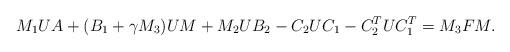
LaTeX: \begin{align*}M_1UA + (B_1 + \gamma M_3)UM + M_2UB_2 - C_2UC_1 - C_2^TUC_1^T = M_3FM.\end{align*}